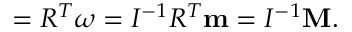
\begin{array} { r } { { \bf \Omega } = R ^ { T } { \boldsymbol \omega } = I ^ { - 1 } R ^ { T } { \bf m } = I ^ { - 1 } { \bf M } . } \end{array}